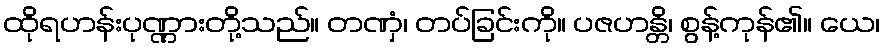
ထိုရဟန်းပုဏ္ဏားတို့သည်။ တဏှံ၊ တပ်ခြင်းကို။ ပဇဟန္တိ၊ စွန့်ကုန်၏။ ယေ၊